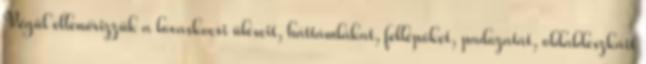
Végül ellenőrizzük a lovaskocsi üléseit, háttámlákat, fellépőket, padozatát, oldaldeszkáit